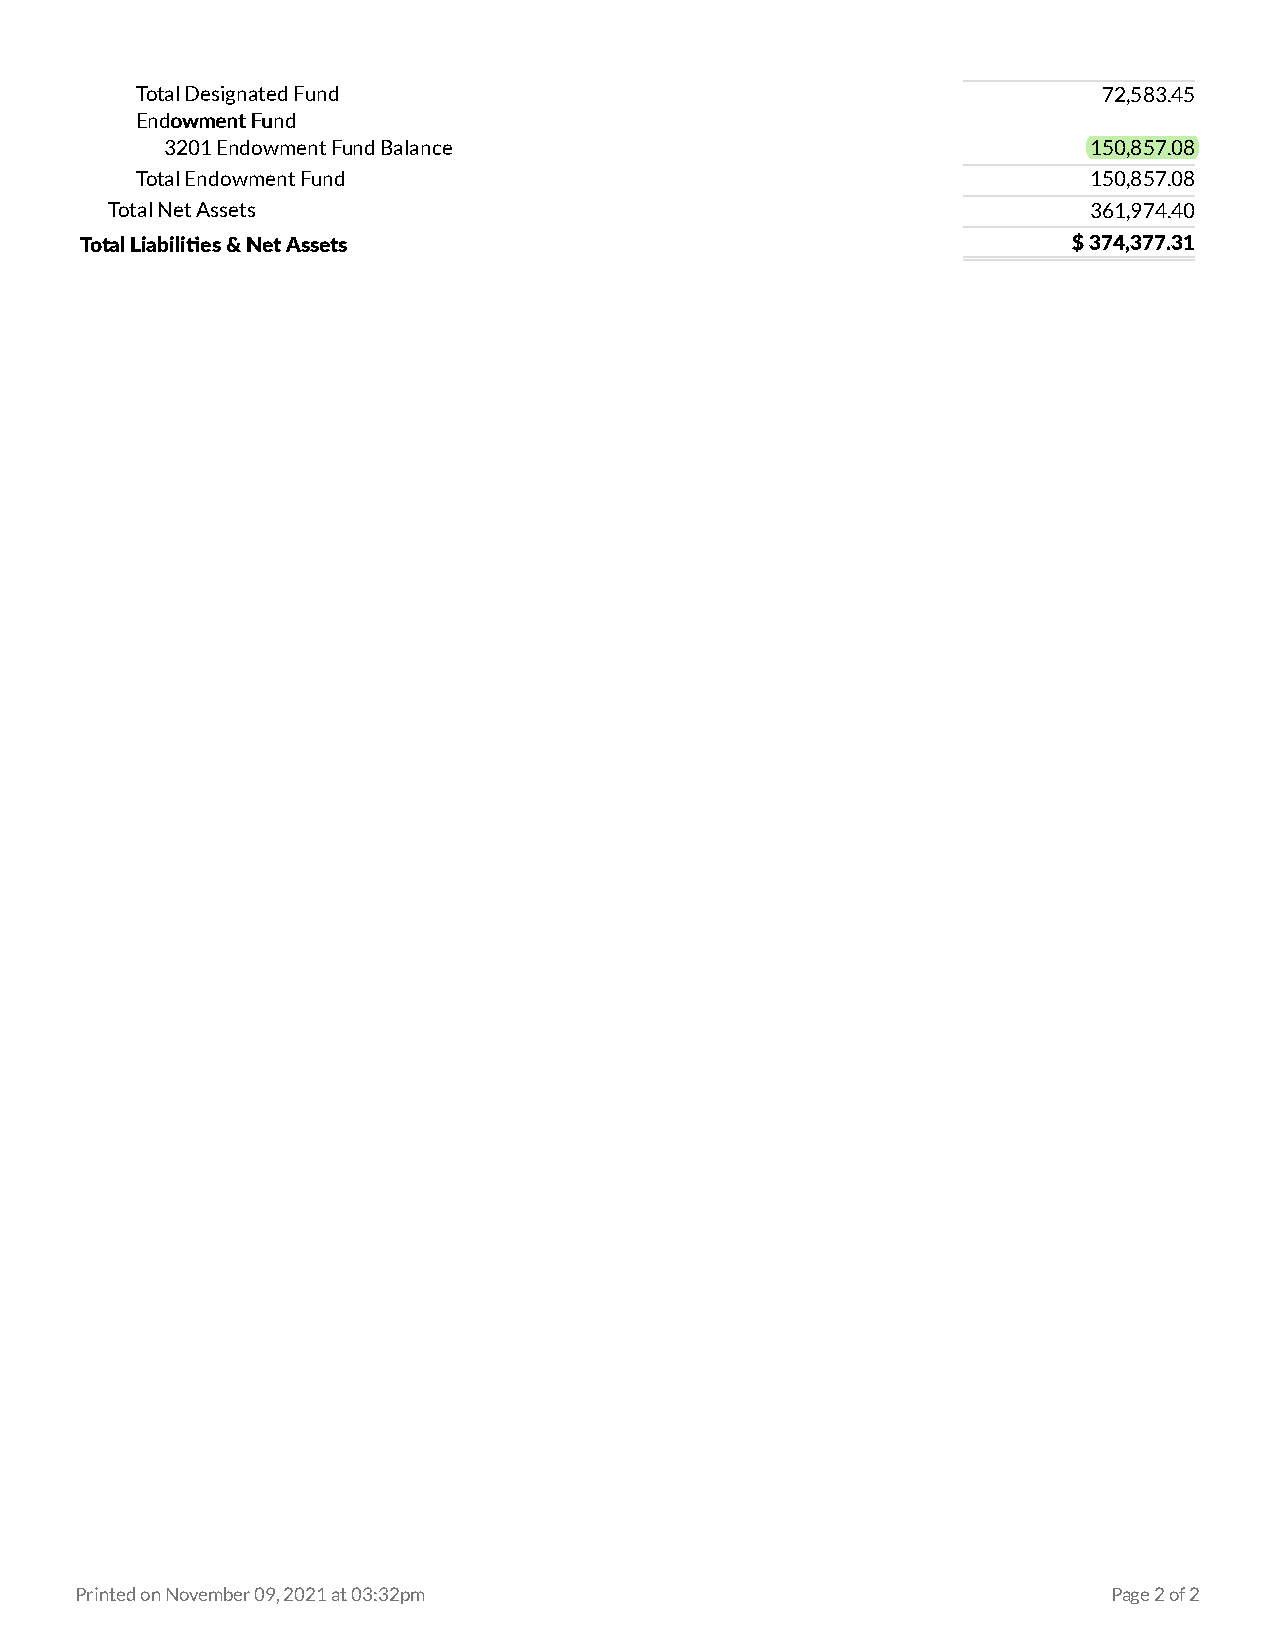
Total Designated Fund                                           72,583.45
 EEnnddoowwmmeenntt FFuunndd
 3201 Endowment Fund Balance                                  150,857.08
 Total Endowment Fund                                           150,857.08
 Total Net Assets                                                 361,974.40
 Total Liabilities & Net Assets                                    $374,377.31
 Printed on November 09, 2021 at 03:32pm                              Page 2 of 2